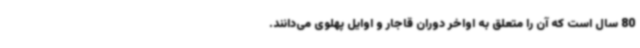
80 سال است که آن را متعلق به اواخر دوران قاجار و اوایل پهلوی می‌دانند.